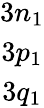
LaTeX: \begin{array}{c}{3n_{1}}\\ {3p_{1}}\\ {3q_{1}}\end{array}